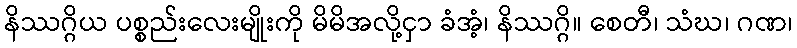
နိဿဂ္ဂိယ ပစ္စည်းလေးမျိုးကို မိမိအလို့ငှာ ခံအံ့၊ နိဿဂ္ဂိ။ စေတီ၊ သံဃ၊ ဂဏ၊